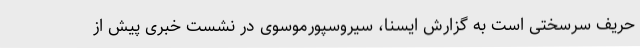
حریف سرسختی است به گزارش ایسنا، سیروسپورموسوی در نشست خبری پیش از